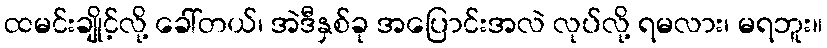
ထမင်းချိုင့်လို့ ခေါ်တယ်၊ အဲဒီနှစ်ခု အပြောင်းအလဲ လုပ်လို့ ရမလား၊ မရဘူး။